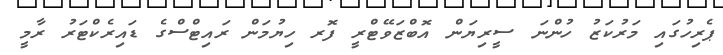
ޕެރިހުގައި މަރުކަޒު ހުންނަ ސީރިޔަން އޮބްޒަވޭޓްރީ ފޮރ ހިޔުމަން ރައިޓްސްގެ ޑައިރެކްޓަރު ރާމީ